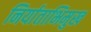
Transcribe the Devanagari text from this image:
निर्याताभिमुख